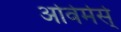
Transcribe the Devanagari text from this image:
ओवेर्मर्स्